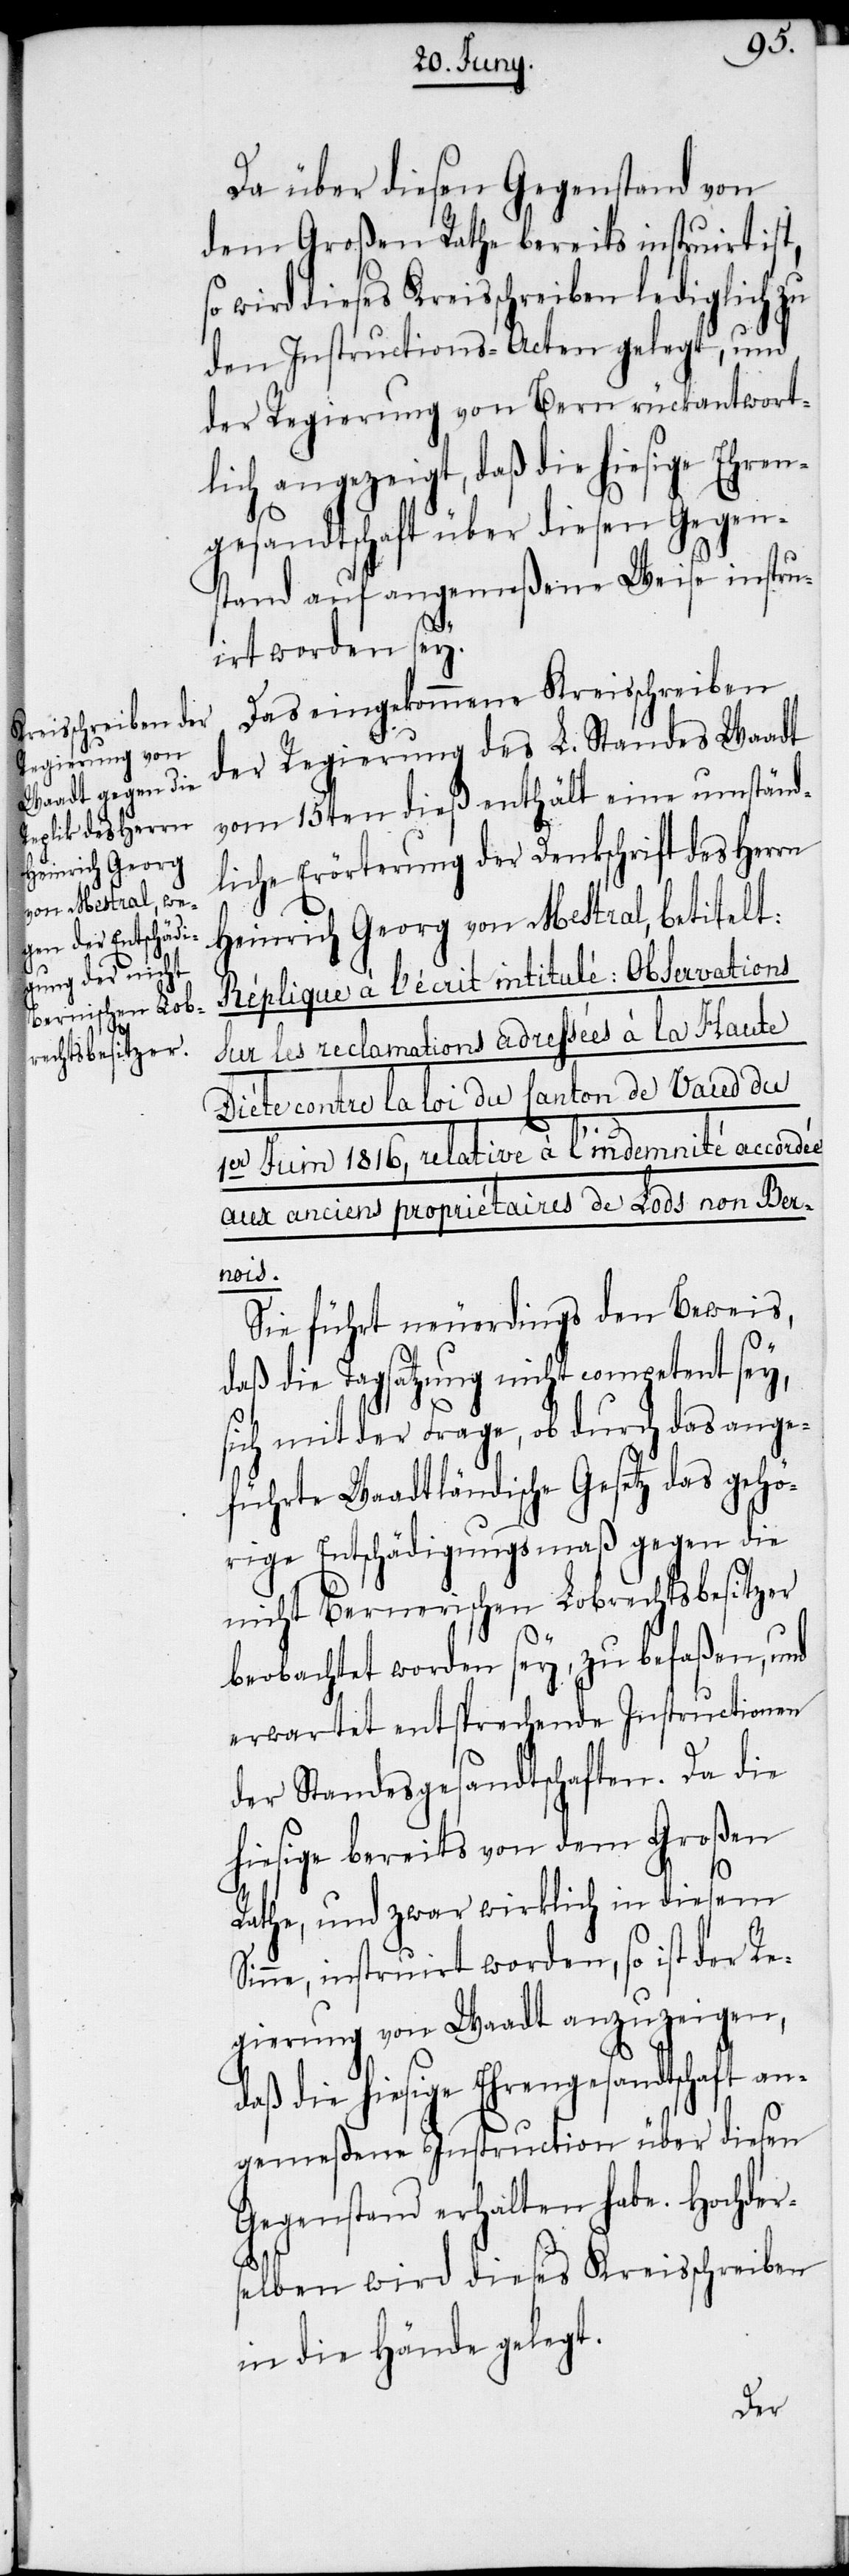
Da über diesen Gegenstand von
dem Großen Rathe bereits instruirt ist,
wird dieses Kreisschreiben lediglich zu
den Instructions-Acten gelegt, und
der Regierung von Bern rückantwort¬
lich angezeigt, daß die hiesige Ehren¬
gesandtschaft über diesen Gegen¬
stand auf angemeßene Weise instru¬
irt worden sey.
Das eingekommene Kreisschreiben
der Regierung des L. Standes Waadt
vom 15ten dieß enthält eine umständ¬
liche Erörterung der Denkschrift des Herrn
Heinrich Georg von Mestral, betitelt:
Réplique à l’écrit intitulé: Observations
sur les reclamations adressées à la Haute
Diète contre la loi du Canton de Vaud du
1er Juin 1816, relative à l‘indemnité accordé¬
aux anciens propriétaires de Lods non Ber¬
nois.
Sie führt neuerdings den Beweis,
daß die Tagsatzung nicht competent sey,
sich mit der Frage, ob durch das ange¬
führte Waadtländische Gesetz das gehö¬
rige Entschädigungsmaß gegen die
nicht Bernerischen Lobrechtsbesitzer
beobachtet worden sey, zu befaßen, und
erwartet entsprechende Instructionen
der Standesgesandtschaften. Da die
hiesige bereits von dem Großen
S¬
Rathe, und zwar wirklich in diesem
inne, instruirt worden, so ist der Re¬
gierung von Waadt anzuzeigen,
daß die hiesige Ehrengesandtschaft an¬
gemeßene Instruction über diesen
Gegenstand erhalten habe. Hochder¬
selben wird dieses Kreisschreiben
in die Hände gelegt.